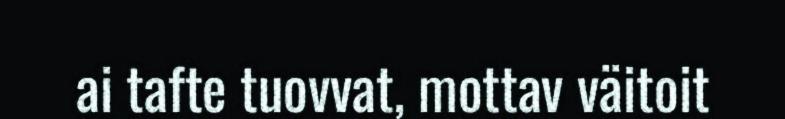
ai tafte tuovvat, mottav väitoit